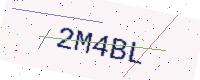
Text: 2M4BL